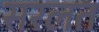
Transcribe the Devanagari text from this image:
सरलत